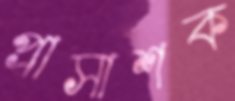
প্রাসাশক